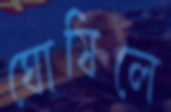
ঘোষিলে